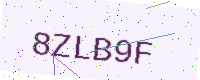
Text: 8ZLB9F